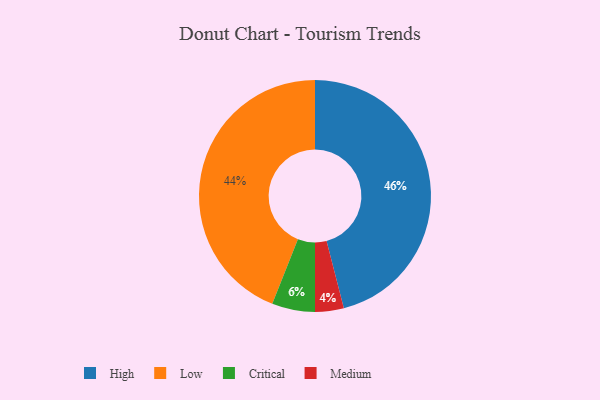
{"axis": {"x": "Category", "y": "Percentage"}, "legend": ["Critical", "High", "Low", "Medium"], "data": [{"x": "Critical", "y": 6, "type": "Critical"}, {"x": "High", "y": 46, "type": "High"}, {"x": "Medium", "y": 4, "type": "Medium"}, {"x": "Low", "y": 44, "type": "Low"}]}